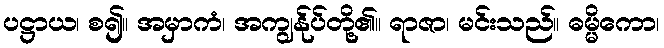
ပဋ္ဌာယ၊ စ၍။ အမှာကံ၊ အကျွန်ုပ်တို့၏။ ရာဇာ၊ မင်းသည်။ ဓမ္မိကော၊